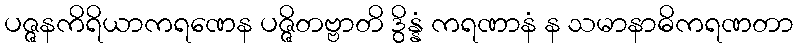
ပဇ္ဇနကိရိယာကရဏေန ပဇ္ဇိတဗ္ဗာတိ ဒွိန္နံ ကရဏာနံ န သမာနာဓိကရဏတာ